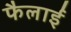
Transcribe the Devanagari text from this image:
फैलाईं